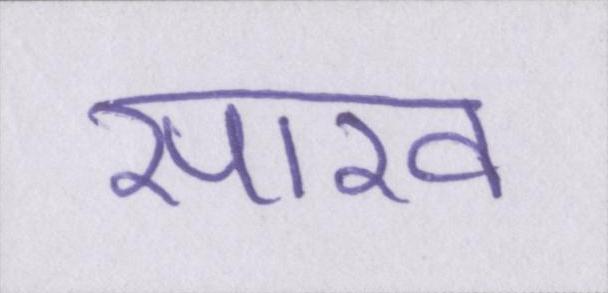
साख